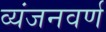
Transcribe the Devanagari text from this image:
व्यंजनवर्ण